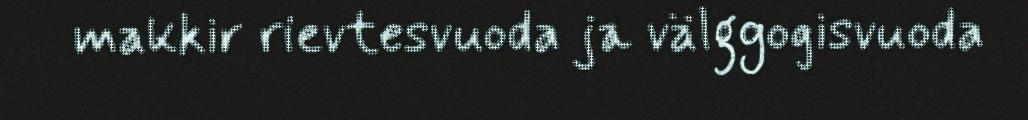
makkir rievtesvuoda ja välggogisvuoda